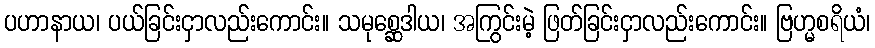
ပဟာနာယ၊ ပယ်ခြင်းငှာလည်းကောင်း။ သမုစ္ဆေဒါယ၊ အကြွင်းမဲ့ ဖြတ်ခြင်းငှာလည်းကောင်း။ ဗြဟ္မစရိယံ၊